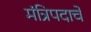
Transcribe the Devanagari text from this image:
मंत्रिपदाचे